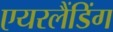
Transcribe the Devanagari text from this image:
एयरलैंडिंग